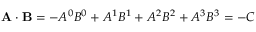
\mathbf { A } \cdot \mathbf { B } = - A ^ { 0 } B ^ { 0 } + A ^ { 1 } B ^ { 1 } + A ^ { 2 } B ^ { 2 } + A ^ { 3 } B ^ { 3 } = - C